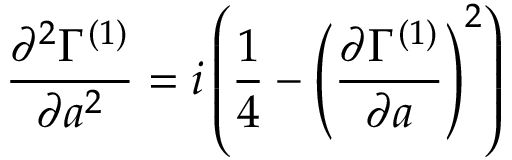
{ \frac { \partial ^ { 2 } \Gamma ^ { ( 1 ) } } { \partial a ^ { 2 } } } = i \left( { \frac { 1 } { 4 } } - \left( { \frac { \partial \Gamma ^ { ( 1 ) } } { \partial a } } \right) ^ { 2 } \right)